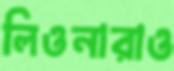
লিওনারাও